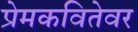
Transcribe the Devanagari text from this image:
प्रेमकवितेवर